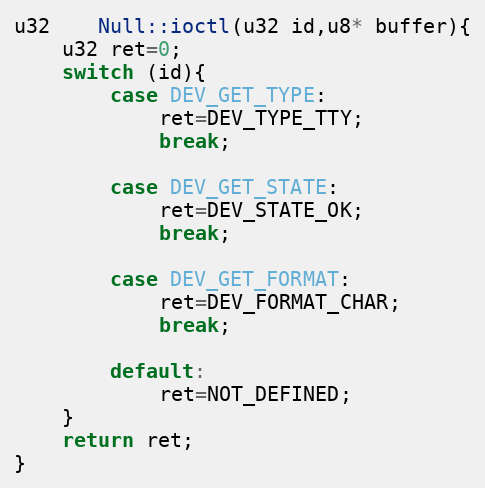
Language: C++
u32	Null::ioctl(u32 id,u8* buffer){
	u32 ret=0;
	switch (id){
		case DEV_GET_TYPE:
			ret=DEV_TYPE_TTY;
			break;

		case DEV_GET_STATE:
			ret=DEV_STATE_OK;
			break;

		case DEV_GET_FORMAT:
			ret=DEV_FORMAT_CHAR;
			break;

		default:
			ret=NOT_DEFINED;
	}
	return ret;
}